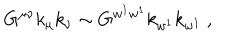
LaTeX: G ^ { \mu \nu } k _ { \mu } k _ { \nu } \sim G ^ { w ^ { 1 } w ^ { 1 } } k _ { w ^ { 1 } } k _ { w ^ { 1 } } \ ,